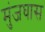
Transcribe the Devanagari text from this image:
मुंजघास